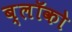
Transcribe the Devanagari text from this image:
ब्लॉको